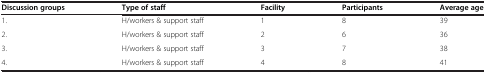
<table><thead><tr><td><b>Discussion groups</b></td><td><b>Type of staff</b></td><td><b>Facility</b></td><td><b>Participants</b></td><td><b>Average age</b></td></tr></thead><tbody><tr><td>1.</td><td>H/workers &amp; support staff</td><td>1</td><td>8</td><td>39</td></tr><tr><td>2.</td><td>H/workers &amp; support staff</td><td>2</td><td>6</td><td>36</td></tr><tr><td>3.</td><td>H/workers &amp; support staff</td><td>3</td><td>7</td><td>38</td></tr><tr><td>4.</td><td>H/workers &amp; support staff</td><td>4</td><td>8</td><td>41</td></tr></tbody></table>